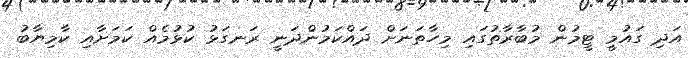
އަދި ގައުމީ ޓީމުން މުބާރާތުގައި މިހާތަނަށް ދައްކަމުންދަނީ ރަނގަޅު ކުޅުމެއް ކަމަށާއި ކާމިޔާބު